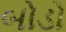
બોડો